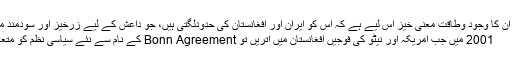
بلوچستان میں ان کا وجود وطاقت معنی خیز اس لیے ہے کہ اس کو ایران اور افغانستان کی حدودلگتی ہیں، جو داعش کے لیے زرخیز اور سودمند محل وقوع ہے
2001 میں جب امریکہ اور نیٹو کی فوجیں افغانستان میں اتریں تو Bonn Agreement کے نام سے نئے سیاسی نظم کو متعارف کرایاگیا۔